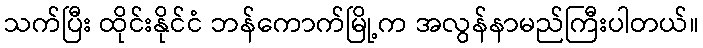
သက်ပြီး ထိုင်းနိုင်ငံ ဘန်ကောက်မြို့က အလွန်နာမည်ကြီးပါတယ်။